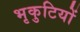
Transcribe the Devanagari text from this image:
भृकुटियों